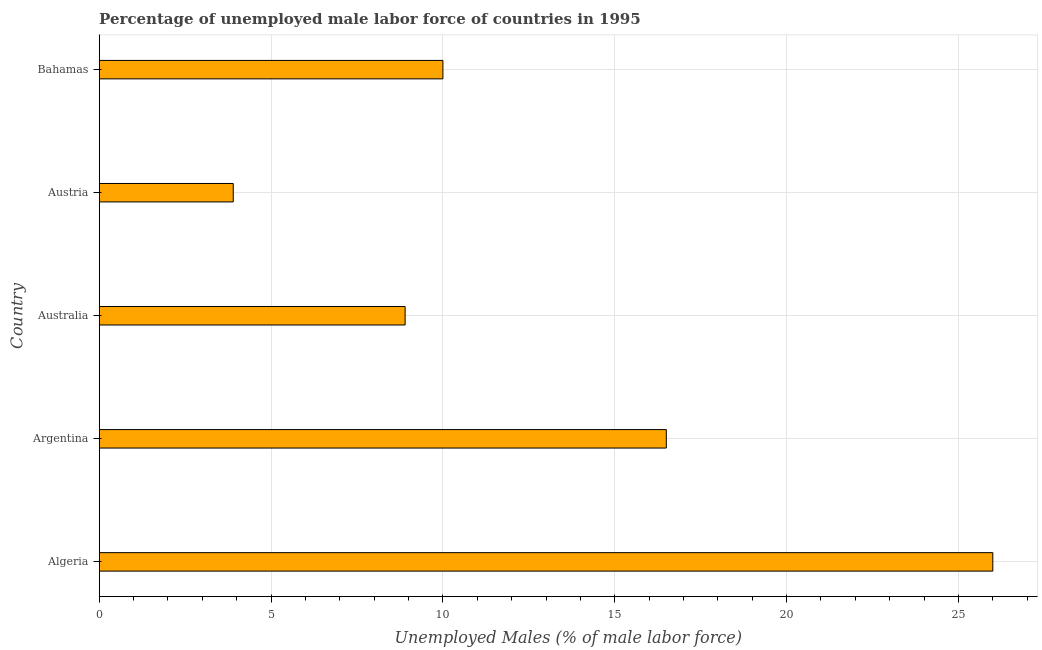
| Country | Unemployment male |
 | --- | --- |
 | Algeria | 26 |
 | Argentina | 16.5 |
 | Australia | 8.9 |
 | Austria | 3.9 |
 | Bahamas | 10 |